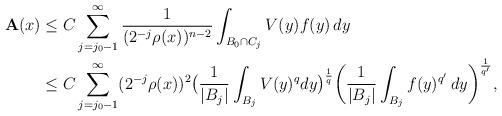
LaTeX: \begin{align*}\mathbf{A}(x)& \leq C \sum _{j=j_{0}-1}^{\infty} {1\over{(2^{-j}\rho(x))^{n-2}}} \int _{B_{0}\cap C_{j}} V(y)f(y) \, dy \\&\leq C \sum _{j=j_{0}-1}^{\infty} (2^{-j}\rho(x))^{2} \big( {1\over{|B_{j}|}} \int _{B_{j}} V(y)^{q} dy \big)^{1\over q} \bigg( {1\over{|B_{j}|}} \int _{B_{j}} f(y)^{q'} \, dy \bigg)^{1\over q'},\end{align*}